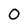
Character: 0